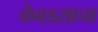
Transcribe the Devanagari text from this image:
केवडय़ाचा